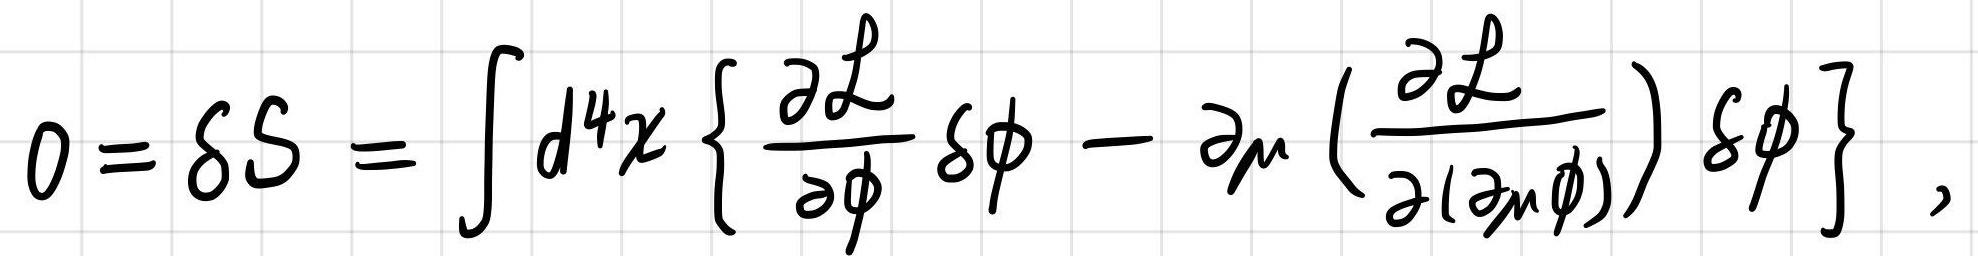
\[
0 = \delta S = \int d^4 x \left\{ \frac{\partial \mathcal{L}}{\partial \phi} \delta \phi - \partial_\mu \left( \frac{\partial \mathcal{L}}{\partial (\partial_\mu \phi)} \right) \delta \phi \right\},
\]